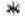
*